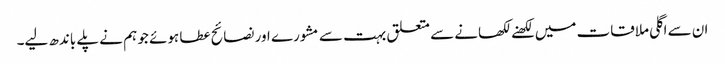
ان سے اگلی ملاقات میں لکھنے لکھانے سے متعلق بہت سے مشورے اور نصائح عطا ہوئے جو ہم نے پلے باندھ لیے۔